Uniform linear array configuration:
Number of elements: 4
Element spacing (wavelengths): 0.5
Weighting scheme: binomial
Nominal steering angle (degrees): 0
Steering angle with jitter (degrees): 1.16
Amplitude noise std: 0.05
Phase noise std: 0.05

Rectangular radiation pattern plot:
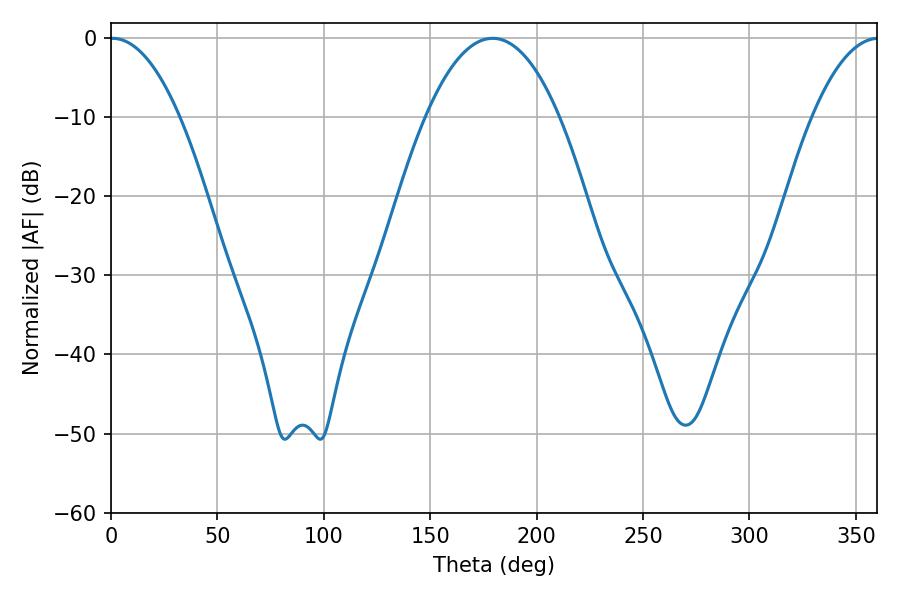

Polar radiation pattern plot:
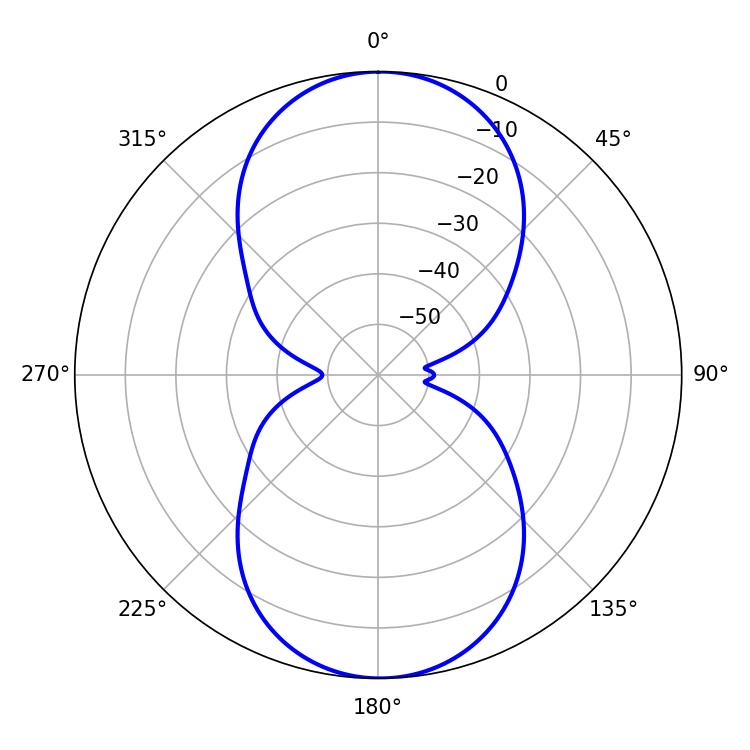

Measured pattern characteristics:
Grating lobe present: FALSE
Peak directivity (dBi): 20.911
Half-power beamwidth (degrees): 18
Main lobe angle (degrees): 0.72